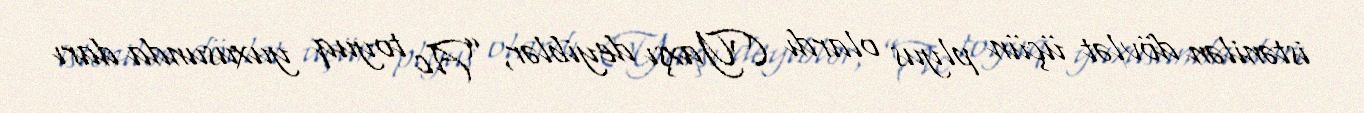
istənilən dövlət üçün plyus olardı (Yaxşı deyiblər, ”Ac toyuq yuxusunda darı